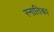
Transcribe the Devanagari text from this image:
स्नातिका